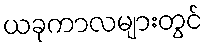
ယခုကာလများတွင်